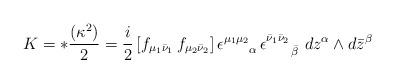
LaTeX: \begin{align*}K = *{(\kappa^2)\over 2} = {i \over 2} \left[ f_{\mu_1\bar\nu_1} \, f_{\mu_2\bar\nu_2}\right] \epsilon^{\mu_1\mu_2}_{\hspace{0.25in}\alpha} \,\epsilon^{\bar\nu_1\bar\nu_2}_{\hspace{0.25in}\bar\beta} \,\, dz^\alpha \wedge d\bar{z}^\beta\end{align*}